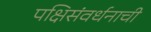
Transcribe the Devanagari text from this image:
पक्षिसंवर्धनाची